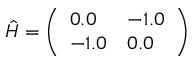
\begin{array} { r } { \hat { H } = \left( \begin{array} { l l } { 0 . 0 } & { - 1 . 0 } \\ { - 1 . 0 } & { 0 . 0 } \end{array} \right) } \end{array}